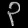
Digit: ၃